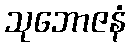
သုဘောဇနံ